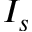
I _ { s }